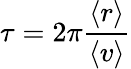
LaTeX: \tau=2\pi\frac{\langle r\rangle}{\langle v\rangle}